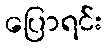
ပြောရင်း